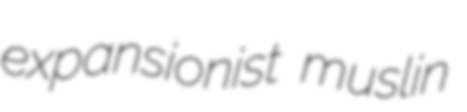
expansionist muslin